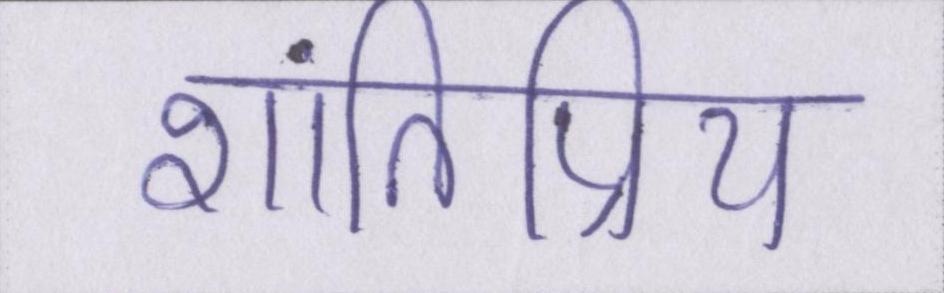
शांतिप्रिय